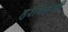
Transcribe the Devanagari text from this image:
हरविलेली